Leaving Certificate Examination, 1919
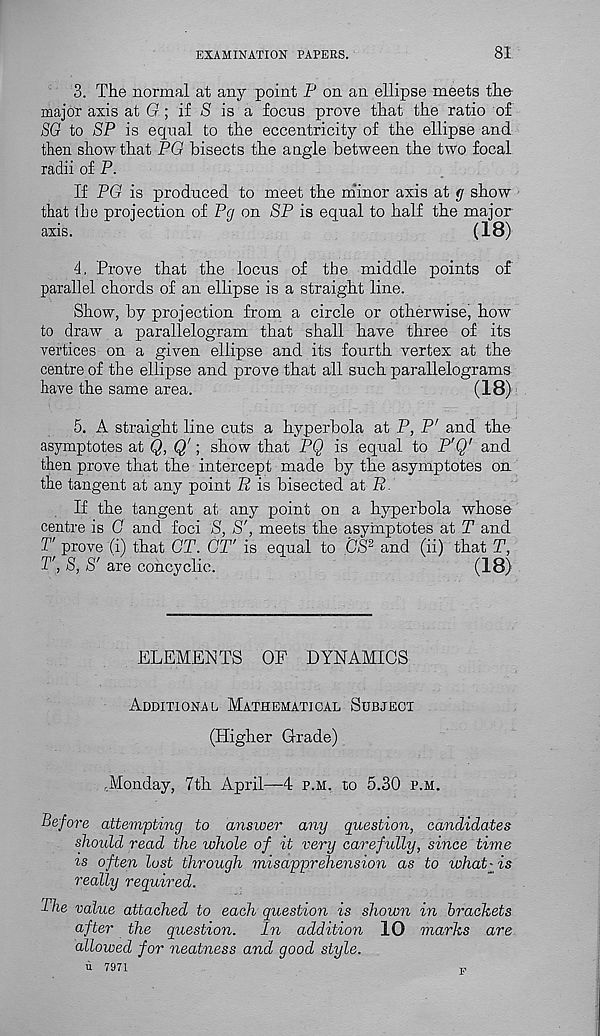
EXAMINATION PAPERS.
81
3. The normal at any point P on an ellipse meets the
major axis at G ; if S is a focus prove that the ratio of
SG to SP is equal to the eccentricity of the ellipse and
then show that PG bisects the angle between the two focal
radii of P.
If PG is produced to meet the minor axis at g show
that the projection of Pg on SP is equal to half the major
axis.
(18)
4. Prove that the locus of the middle points of
parallel chords of an ellipse is a straight line.
Show, by projection from a circle or otherwise, how
to draw a parallelogram that shall have three of its
vertices on a given ellipse and its fourth vertex at the
centre of the ellipse and prove that all such parallelograms
have the same area.
(18)
5. A straight line cuts a hyperbola at P, P' and the
asymptotes at Q, Q'; show that PQ is equal to P'Q 1 and
then prove that the intercept made by the asymptotes on
the tangent at any point R is bisected at R.
If the tangent at any point on a hyperbola whose
centre is G and foci S, S', meets the asymptotes at T and
T' prove (i) that CT. OT' is equal to CS 2 and (ii) that T,
T’, S, S' are coneyclic.
(18)
ELEMENTS OF DYNAMICS
Additional Mathematical Subject
(Higher Grade)
.Monday, 7th April—4 p.m. to 5.30 p.m.
Before attempting to answer any question, candidates
should read the whole of it very carefully, since time
ts often lust through misapprehension as to what-is
really required.
The value attached to each question is shown in brackets
after the question.
In addition 10 marks are
allowed for neatness and good style.
u 7971